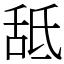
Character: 䑛